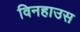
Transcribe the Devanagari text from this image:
विनहाउस